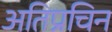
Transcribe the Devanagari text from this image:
अतिप्रचिन